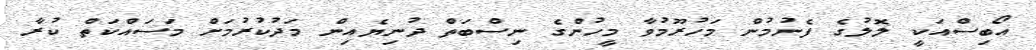
އޯބިސްއަކީ ލޮލުގެ ފެނުމުން މަހުރޫމުވާ މީހުންގެ ނިސްބަތް ދުނިޔެއިން މަދުކުރުމަށް މަސައްކަތް ކުރާ